Anatomy and histology of ticks - Number 23
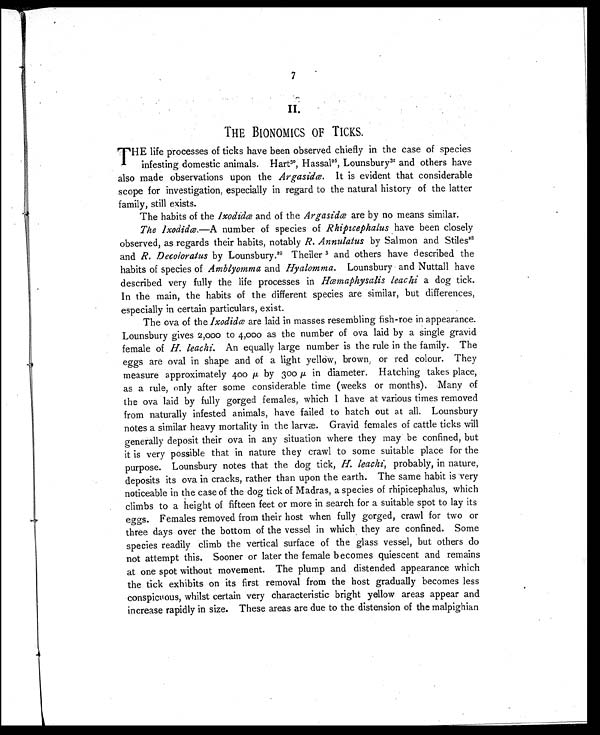
7
II.
THE BIONOMICS OF TICKS.
T HE life processes of ticks have been observed chiefly in the case of species
infesting domestic animals. Hart 3 0 , H a s s a l
2 6
, L o u n s b u r y
3 1
a n d o t h e r s h a v e
also made observations upon the Argasidæ. It is evident that considerable
scope for investigation, especially in regard to the natural history of the latter
family, still exists.
The habits of the Ixodidæ and of the Argasidæ are by no means similar.
The Ixodidæ.—A number of species of Rhipicephalus have been closely
observed, as regards their habits, notably R. Annulatus by Salmon and Stiles2 8
and R. Decoloratus by Lounsbury. 29 Theiler 3 and others have described the
habits of species of Amblyomma and Hyalomma. Lounsbury and Nuttall have
described very fully the life processes in Hæmaphysalis leachi a dog tick.
In the main, the habits of the different species are similar, but differences,
especially in certain particulars, exist.
The ova of the I xodi dæa r e l a i d i n m a s s e s r e s e m b l i n g f i s h - r o e i n a p p e a r a n c e .
Lounsbury gives 2,000 to 4,000 as the number of ova laid by a single gravid
female of H. leachi. An equally large number is the rule in the family. The
eggs are oval in shape and of a light yelldw, brown, or red colour. They
measure approximately 400 μ b y 3 0 0
μ i n d i a m e t e r . H a t c h i n g t a k e s p l a c e ,
as a rule, only after some considerable time (weeks or months). Many of
the ova laid by fully gorged females, which I have at various times removed
from naturally infested animals, have failed to hatch out at all. Lounsbury
notes a similar heavy mortality in the larvæ. Gravid females of cattle ticks will
generally deposit their ova in any situation where they may be confined, but
it is very possible that in nature they crawl to some suitable place for the
purpose. Lounsbury notes that the dog tick, H. leachi, probably, in nature,
deposits its ova in cracks, rather than upon the earth. The same habit is very
noticeable in the case of the dog tick of Madras, a species of rhipicephalus, which
climbs to a height of fifteen feet or more in search for a suitable spot to lay its
eggs. Females removed from their host when fully gorged, crawl for two or
three days over the bottom of the vessel in which they are confined. Some
species readily climb the vertical surface of the glass vessel, but others do
not attempt this. Sooner or later the female becomes quiescent and remains
at one spot without movement. The plump and distended appearance which
the tick exhibits on its first removal from the host gradually becomes less
conspicuous, whilst certain very characteristic bright yellow areas appear and
increase rapidly in size. These areas are due to the distension of the malpighian